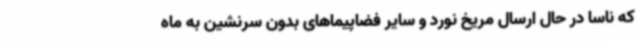
که ناسا در حال ارسال مریخ نورد و سایر فضاپیماهای بدون سرنشین به ماه